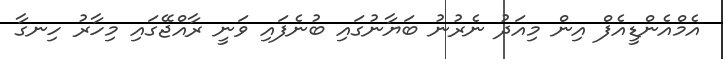
އެމްއެންޑީއެފް އިން މިއަދު ނެރުނު ބަޔާނުގައި ބުނެފައި ވަނީ ރާއްޖޭގައި މިހާރު ހިނގާ